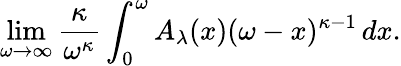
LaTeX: \operatorname*{lim}_{\omega\rightarrow\infty}{\frac{\kappa}{\omega^{\kappa}}}\int_{0}^{\omega}A_{\lambda}(x)(\omega-x)^{\kappa-1}\, dx.